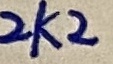
Text: 2K2